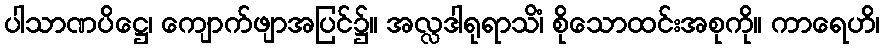
ပါသာဏပိဋ္ဌေ၊ ကျောက်ဖျာအပြင်၌။ အလ္လဒါရုရာသိံ၊ စိုသောထင်းအစုကို။ ကာရေဟိ၊